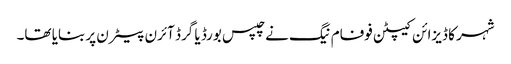
شہر کا ڈیزائن کیپٹن فوفام نیگ نے چپس بورڈ یا گرڈ آئرن پیٹرن پر بنایا تھا۔